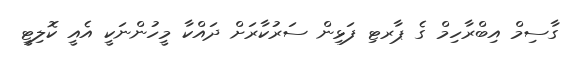
ގާސިމް އިބްރާހިމް ގެ ޕާރޓި ފަޅިން ސަރުކާރަށް ދައްކާ މީހުންނަކީ އެއީ ކޮލިޓީ